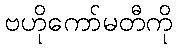
ဗဟိုကော်မတီကို